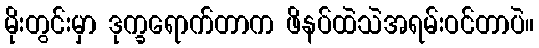
မိုးတွင်းမှာ ဒုက္ခရောက်တာက ဖိနပ်ထဲသဲအရမ်းဝင်တာပဲ။